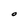
Character: O